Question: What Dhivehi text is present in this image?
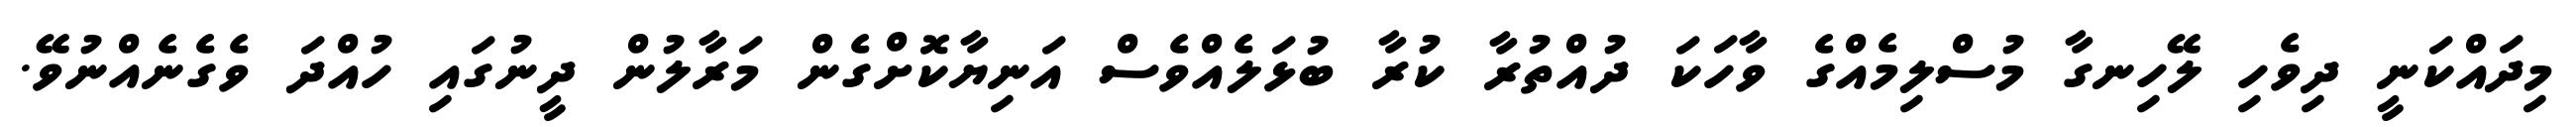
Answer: މިދައްކަނީ ދިވެހި ލޭހިނގާ މުސްލިމެއްގެ ވާހަކަ ދުއްތުރާ ކުރާ ބުޅަލެއްވެސް އަނިޔާކޮށްގެން މަރާލުން ދީނުގައި ހުއްދަ ވެގެނެއްނުވޭ.